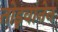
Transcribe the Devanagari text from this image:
तोइवानेन